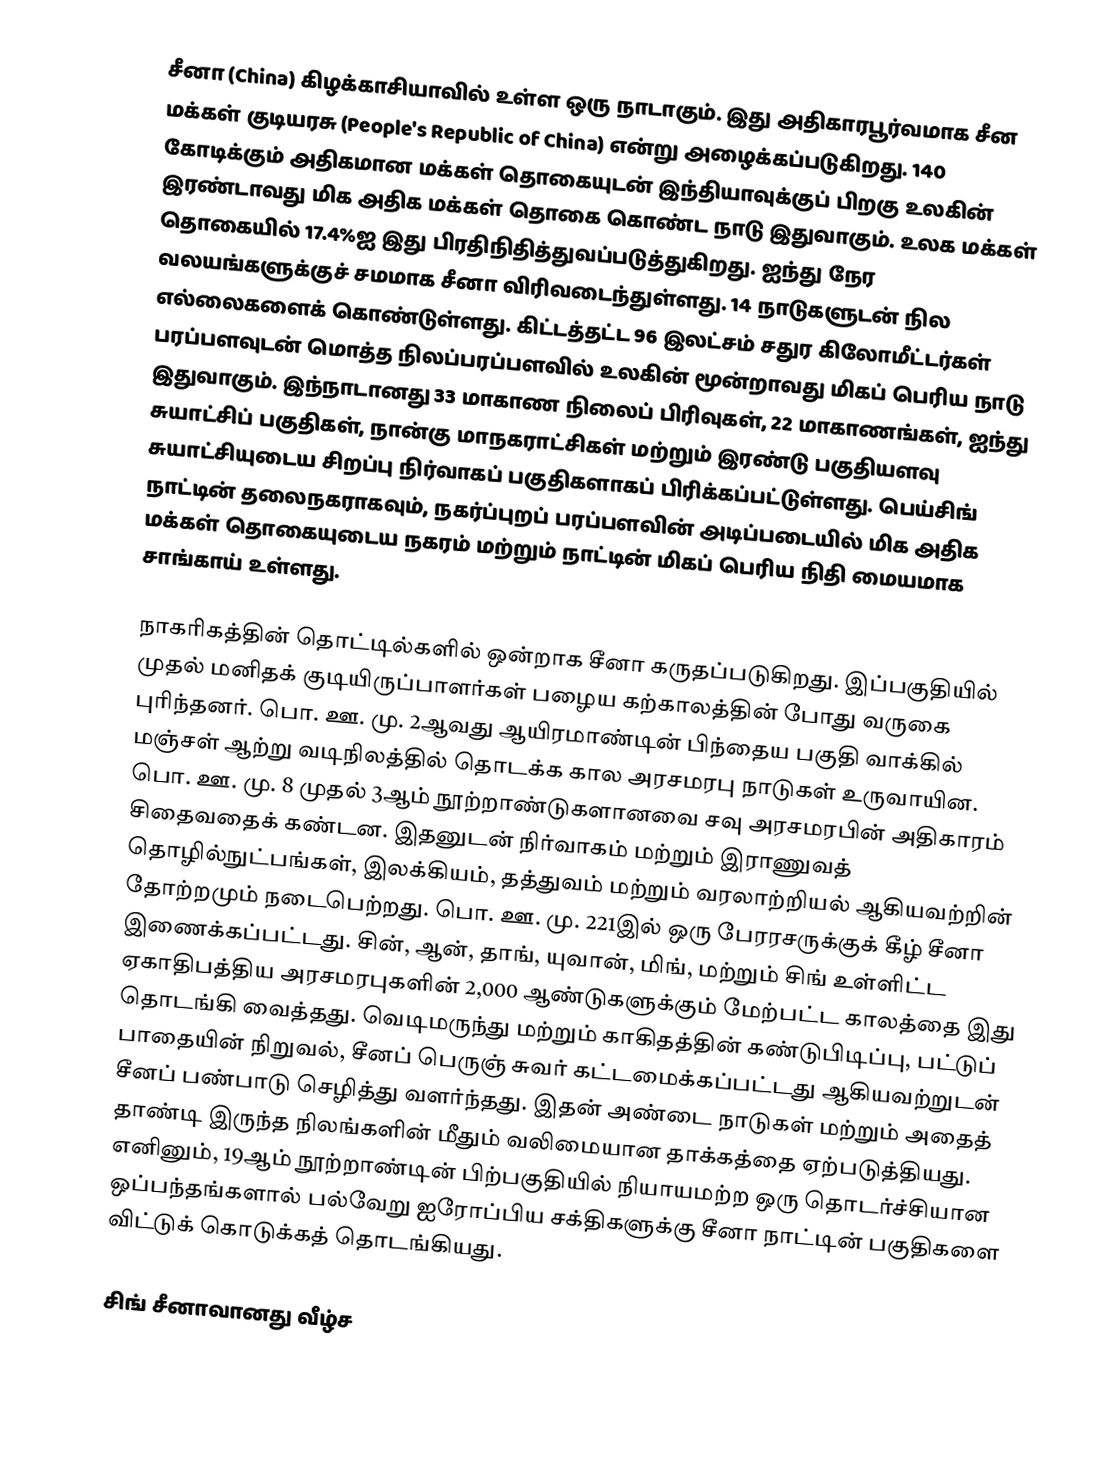
சீனா (China) கிழக்காசியாவில் உள்ள ஒரு நாடாகும். இது அதிகாரபூர்வமாக சீன மக்கள் குடியரசு (People's Republic of China) என்று அழைக்கப்படுகிறது. 140 கோடிக்கும் அதிகமான மக்கள் தொகையுடன் இந்தியாவுக்குப் பிறகு உலகின் இரண்டாவது மிக அதிக மக்கள் தொகை கொண்ட நாடு இதுவாகும். உலக மக்கள் தொகையில் 17.4%ஐ இது பிரதிநிதித்துவப்படுத்துகிறது. ஐந்து நேர வலயங்களுக்குச் சமமாக சீனா விரிவடைந்துள்ளது. 14 நாடுகளுடன் நில எல்லைகளைக் கொண்டுள்ளது. கிட்டத்தட்ட 96 இலட்சம் சதுர கிலோமீட்டர்கள் பரப்பளவுடன் மொத்த நிலப்பரப்பளவில் உலகின் மூன்றாவது மிகப் பெரிய நாடு இதுவாகும். இந்நாடானது 33 மாகாண நிலைப் பிரிவுகள், 22 மாகாணங்கள், ஐந்து சுயாட்சிப் பகுதிகள், நான்கு மாநகராட்சிகள் மற்றும் இரண்டு பகுதியளவு சுயாட்சியுடைய சிறப்பு நிர்வாகப் பகுதிகளாகப் பிரிக்கப்பட்டுள்ளது. பெய்சிங் நாட்டின் தலைநகராகவும், நகர்ப்புறப் பரப்பளவின் அடிப்படையில் மிக அதிக மக்கள் தொகையுடைய நகரம் மற்றும் நாட்டின் மிகப் பெரிய நிதி மையமாக சாங்காய் உள்ளது.

நாகரிகத்தின் தொட்டில்களில் ஒன்றாக சீனா கருதப்படுகிறது. இப்பகுதியில் முதல் மனிதக் குடியிருப்பாளர்கள் பழைய கற்காலத்தின் போது வருகை புரிந்தனர். பொ. ஊ. மு. 2ஆவது ஆயிரமாண்டின் பிந்தைய பகுதி வாக்கில் மஞ்சள் ஆற்று வடிநிலத்தில் தொடக்க கால அரசமரபு நாடுகள் உருவாயின. பொ. ஊ. மு. 8 முதல் 3ஆம் நூற்றாண்டுகளானவை சவு அரசமரபின் அதிகாரம் சிதைவதைக் கண்டன. இதனுடன் நிர்வாகம் மற்றும் இராணுவத் தொழில்நுட்பங்கள், இலக்கியம், தத்துவம் மற்றும் வரலாற்றியல் ஆகியவற்றின் தோற்றமும் நடைபெற்றது. பொ. ஊ. மு. 221இல் ஒரு பேரரசருக்குக் கீழ் சீனா இணைக்கப்பட்டது. சின், ஆன், தாங், யுவான், மிங், மற்றும் சிங் உள்ளிட்ட ஏகாதிபத்திய அரசமரபுகளின் 2,000 ஆண்டுகளுக்கும் மேற்பட்ட காலத்தை இது தொடங்கி வைத்தது. வெடிமருந்து மற்றும் காகிதத்தின் கண்டுபிடிப்பு, பட்டுப் பாதையின் நிறுவல், சீனப் பெருஞ் சுவர் கட்டமைக்கப்பட்டது ஆகியவற்றுடன் சீனப் பண்பாடு செழித்து வளர்ந்தது. இதன் அண்டை நாடுகள் மற்றும் அதைத் தாண்டி இருந்த நிலங்களின் மீதும் வலிமையான தாக்கத்தை ஏற்படுத்தியது. எனினும், 19ஆம் நூற்றாண்டின் பிற்பகுதியில் நியாயமற்ற ஒரு தொடர்ச்சியான ஒப்பந்தங்களால் பல்வேறு ஐரோப்பிய சக்திகளுக்கு சீனா நாட்டின் பகுதிகளை விட்டுக் கொடுக்கத் தொடங்கியது.

சிங் சீனாவானது வீழ்ச